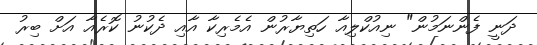
ދަނީ ފެންނަމުން" ނިއުކްލިއާ ހަތިޔާރުން އެމެރިކާ އާއި ދެކުނު ކޮރެއާ އަށް ބިރު